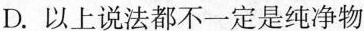
D.以上说法都不一定是纯净物